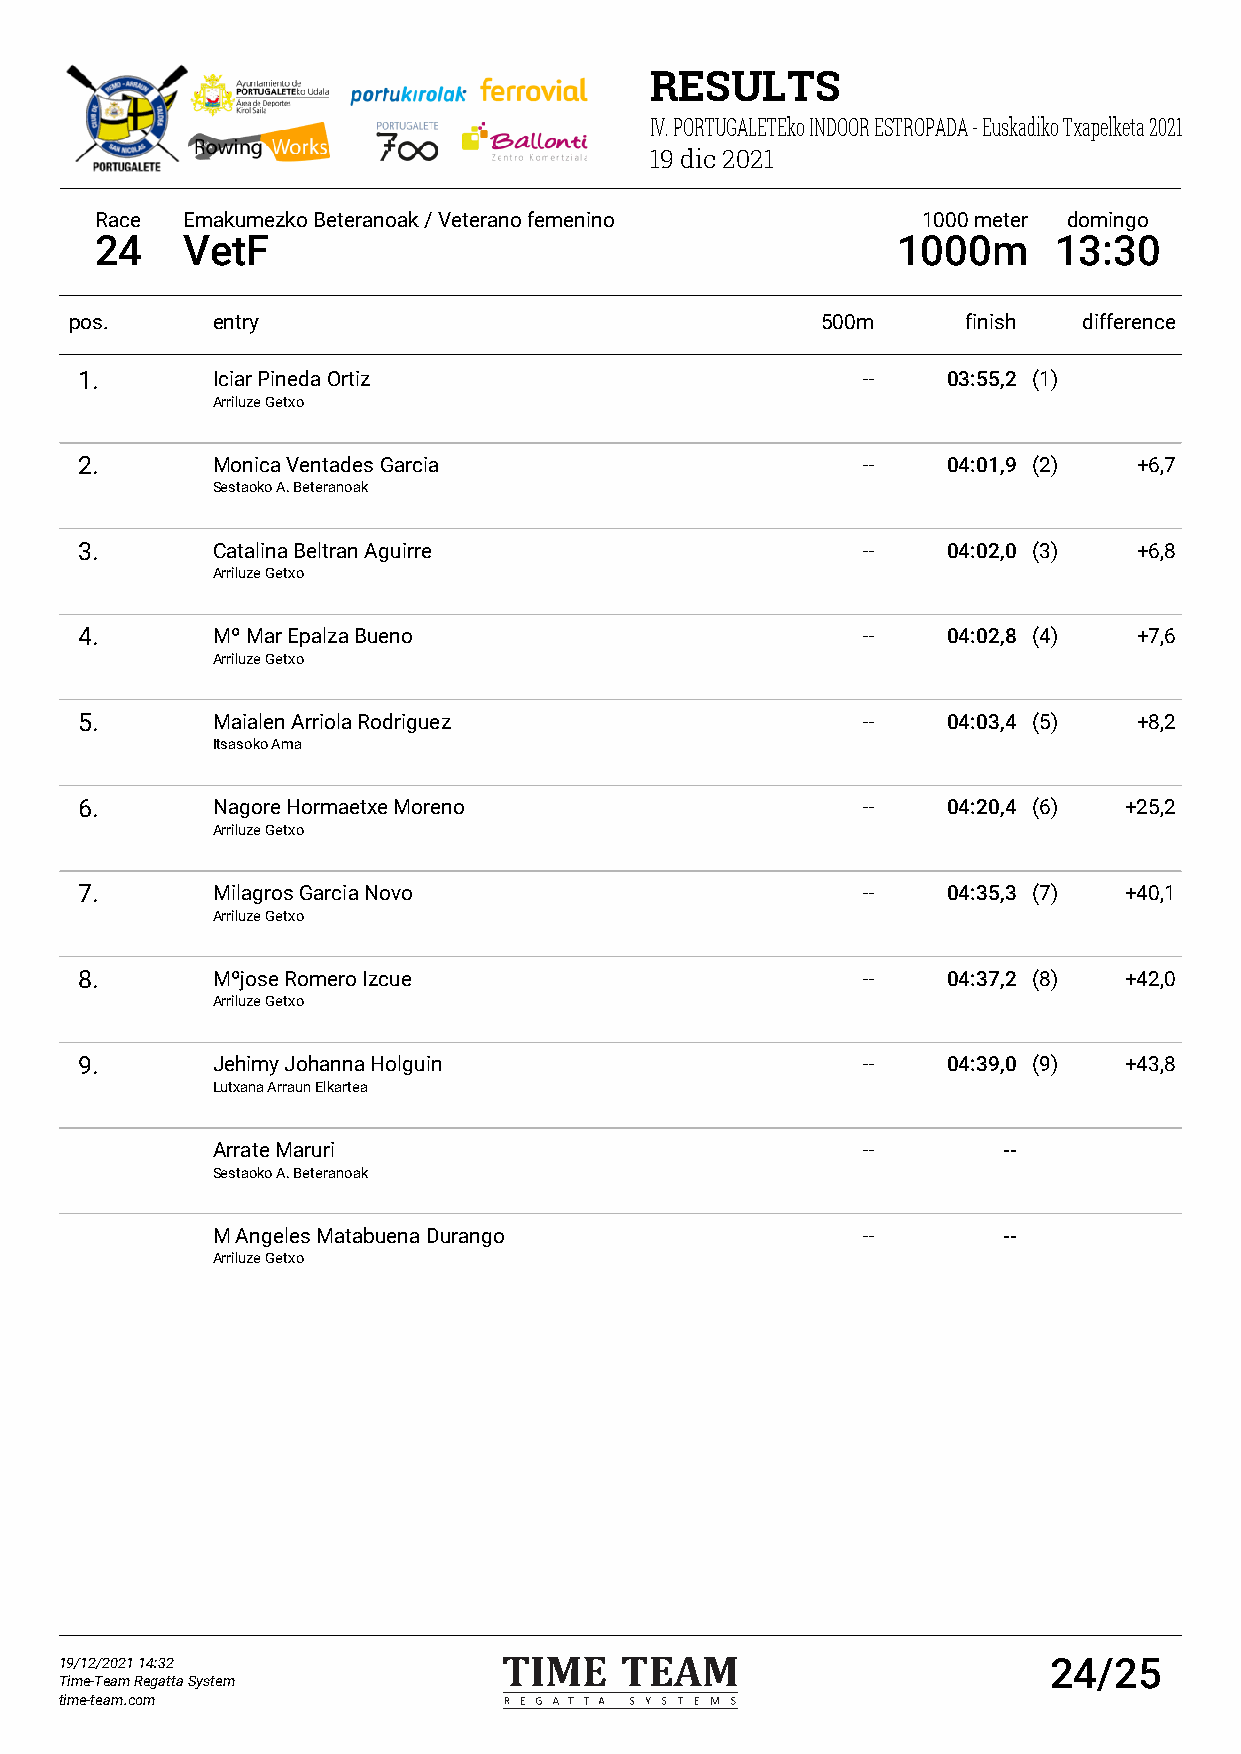
RESULTS
 IV. PORTUGALETEko INDOOR ESTROPADA - Euskadiko Txapelketa 2021
 19 dic 2021
 Race  Emakumezko Beteranoak / Veterano femenino        1000 meter domingo
 24    VetF                                           1000m      13:30
 pos.     entry                                   500m      finish  difference
 1.       Iciar Pineda Ortiz                         --    03:55,2 (1)
 Arriluze Getxo
 2.       Monica Ventades Garcia                     --    04:01,9 (2) +6,7
 Sestaoko A. Beteranoak
 3.       Catalina Beltran Aguirre                   --    04:02,0 (3) +6,8
 Arriluze Getxo
 4.       Mº Mar Epalza Bueno                        --    04:02,8 (4) +7,6
 Arriluze Getxo
 5.       Maialen Arriola Rodriguez                  --    04:03,4 (5) +8,2
 Itsasoko Ama
 6.       Nagore Hormaetxe Moreno                    --    04:20,4 (6) +25,2
 Arriluze Getxo
 7.       Milagros Garcia Novo                       --    04:35,3 (7) +40,1
 Arriluze Getxo
 8.       Mºjose Romero Izcue                        --    04:37,2 (8) +42,0
 Arriluze Getxo
 9.       Jehimy Johanna Holguin                     --    04:39,0 (9) +43,8
 Lutxana Arraun Elkartea
 Arrate Maruri                              --       --
 Sestaoko A. Beteranoak
 M Angeles Matabuena Durango                --       --
 Arriluze Getxo
 19/12/2021 14:32                                                 24/25
 Time-Team Regatta System
 time-team.com